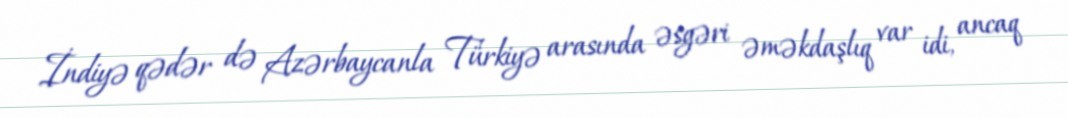
İndiyə qədər də Azərbaycanla Türkiyə arasında əsgəri əməkdaşlıq var idi, ancaq